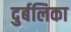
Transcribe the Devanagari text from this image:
दुर्बलिका